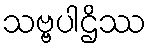
သဗ္ဗပါဌိဿ